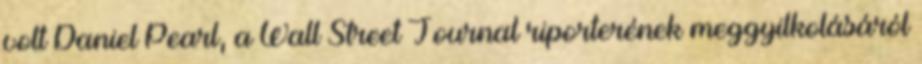
volt Daniel Pearl, a Wall Street Journal riporterének meggyilkolásáról